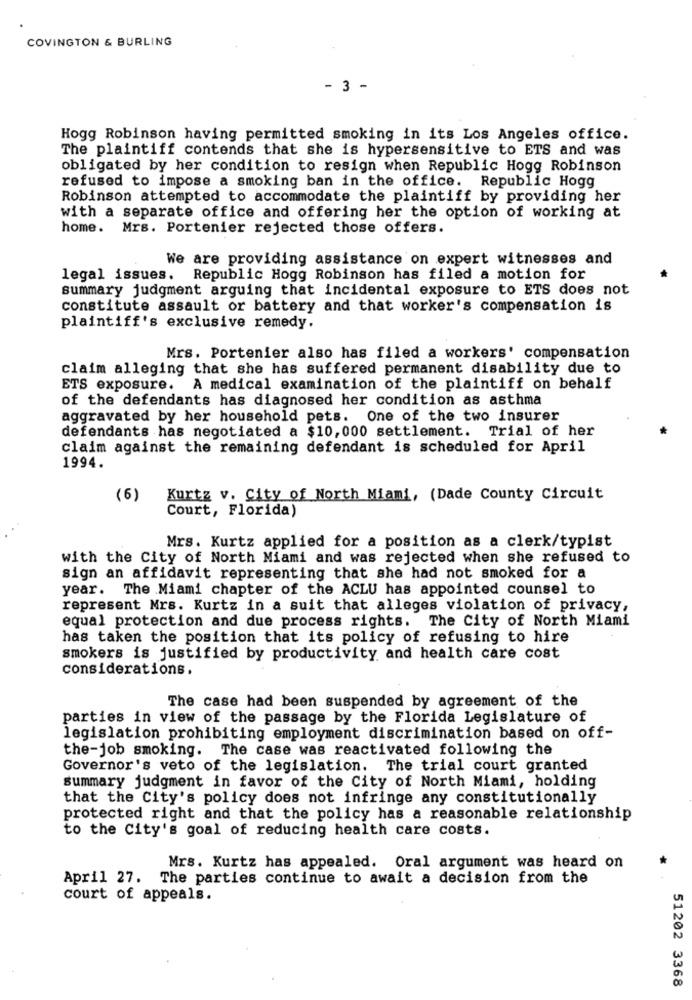
COVINGTON & BURLING
- 3 -
Hogg Robinson having permitted smoking in its Los Angeles office.
The plaintiff contends that she is hypersensitive to ETS and was
obligated by her condition to resign when Republic Hogg Robinson
refused to impose a smoking ban in the office. Republic Hogg
Robinson attempted to accommodate the plaintiff by providing her
with a separate office and offering her the option of working at
home. Mrs. Portenier rejected those offers.
We are providing assistance on expert witnesses and
legal issues.
Republic Hogg Robinson has filed a motion for
summary judgment arguing that incidental exposure to ETS does not
constitute assault or battery and that worker's compensation is
plaintiff's exclusive remedy.
Mrs. Portenier also has filed a workers' compensation
claim alleging that she has suffered permanent disability due to
ETS exposure. A medical examination of the plaintiff on behalf
of the defendants has diagnosed her condition as asthma
aggravated by her household pets. One of the two insurer
defendants has negotiated a $10,000 settlement. Trial of her
claim against the remaining defendant is scheduled for April
1994.
(6)
Kurtz v. City of North Miami, (Dade County Circuit
Court, Florida)
Mrs. Kurtz applied for a position as a clerk/typist
with the City of North Miami and was rejected when she refused to
sign an affidavit representing that she had not smoked for a
year. The Miami chapter of the ACLU has appointed counsel to
represent Mrs. Kurtz in a suit that alleges violation of privacy,
equal protection and due process rights. The City of North Miami
has taken the position that its policy of refusing to hire
smokers is justified by productivity and health care cost
considerations.
The case had been suspended by agreement of the
parties in view of the passage by the Florida Legislature of
legislation prohibiting employment discrimination based on off-
the-job smoking. The case was reactivated following the
Governor's veto of the legislation. The trial court granted
summary judgment in favor of the City of North Miami, holding
that the City's policy does not infringe any constitutionally
protected right and that the policy has a reasonable relationship
to the City's goal of reducing health care costs.
Mrs. Kurtz has appealed. Oral argument was heard on
April 27. The parties continue to await a decision from the
court of appeals.
51202 3368